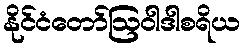
နိုင်ငံတော်ဩဝါဒါစရိယ